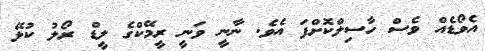
އެވޯޑެއް ވެސް ހާސިލްކޮށްފަ އެވެ. ނާނީ ވަނީ ރީމޭކްގެ ލީޑް ރޯލު ކުޅޭ